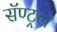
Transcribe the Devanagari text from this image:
सॅण्ट्रल